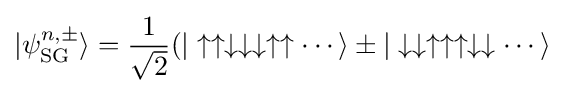
|\psi _{\rm {SG}}^{n,\pm }\rangle ={\frac {1}{\sqrt {2}}}(|\uparrow \uparrow \downarrow \downarrow \downarrow \uparrow \uparrow \cdots \rangle \pm |\downarrow \downarrow \uparrow \uparrow \uparrow \downarrow \downarrow \cdots \rangle